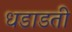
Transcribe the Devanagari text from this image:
धडाडती